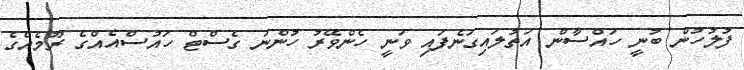
ފުލުހުން ބުނީ ހައްސާން އަތުލައިގަނެފައި ވަނީ ހެންވޭރު ހުންނަ ގެސްޓް ހައުސްއެއްގެ ރޫމެއްގެ